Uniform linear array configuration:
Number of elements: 4
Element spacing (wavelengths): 0.5
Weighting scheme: hann
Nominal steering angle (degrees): -60
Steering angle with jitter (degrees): -59.387
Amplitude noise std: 0.05
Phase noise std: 0.05

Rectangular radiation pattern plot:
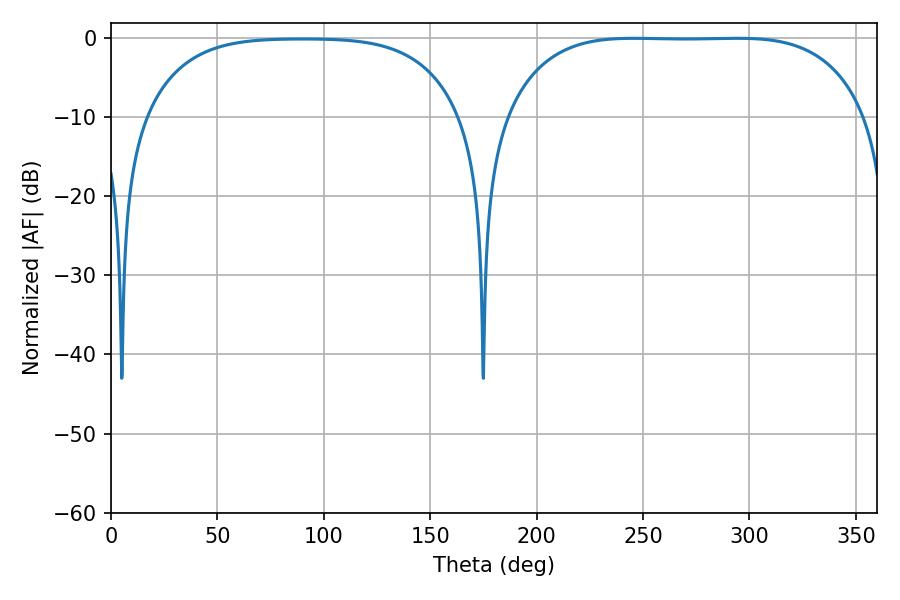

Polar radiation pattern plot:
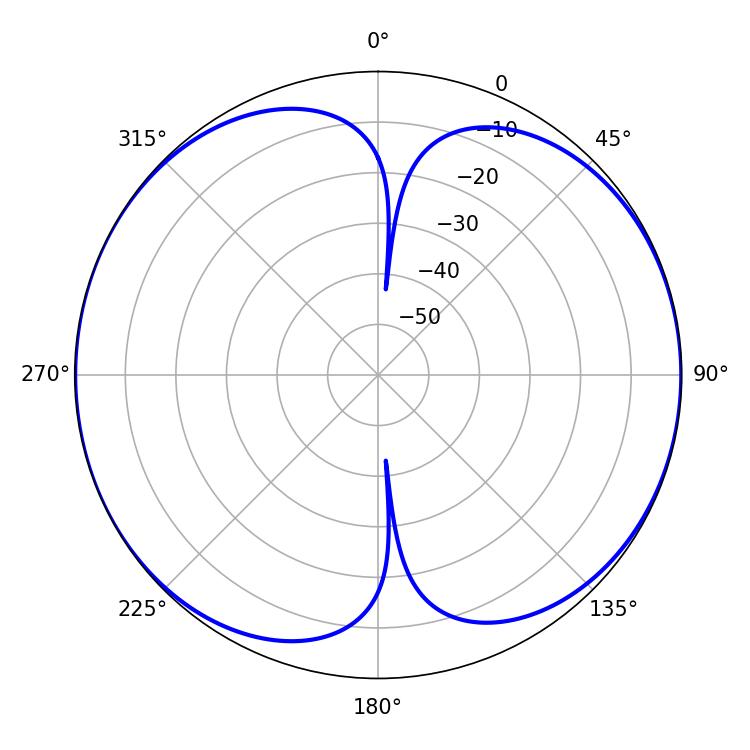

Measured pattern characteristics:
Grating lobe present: FALSE
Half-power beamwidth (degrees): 131.4
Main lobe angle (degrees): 294.3